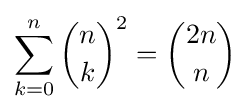
\sum _{k=0}^{n}{n \choose k}^{2}={2n \choose n}